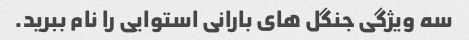
سه ویژگی جنگل های بارانی استوایی را نام ببرید.